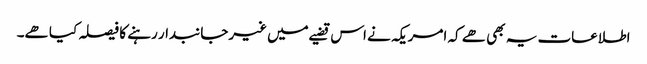
اطلاعات یہ بھی ھے کہ امریکہ نے اس قضیے میں غیرجانبدار رہنے کا فیصلہ کیا ھے۔